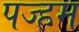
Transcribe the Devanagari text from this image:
पज्हम